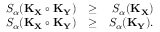
\begin{array} { r l r } { S _ { \alpha } ( \mathbf { K } _ { \mathbf { X } } \circ \mathbf { K } _ { \mathbf { Y } } ) } & { \geq } & { S _ { \alpha } ( \mathbf { K } _ { \mathbf { X } } ) } \\ { S _ { \alpha } ( \mathbf { K } _ { \mathbf { X } } \circ \mathbf { K } _ { \mathbf { Y } } ) } & { \geq } & { S _ { \alpha } ( \mathbf { K } _ { \mathbf { Y } } ) . } \end{array}